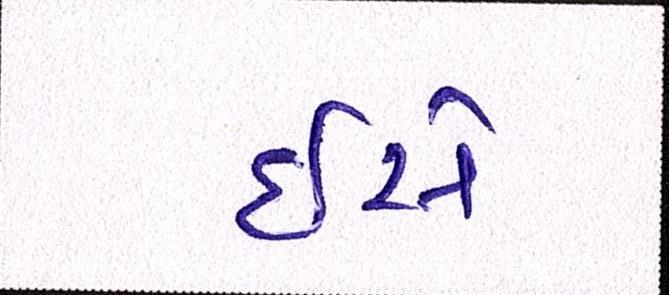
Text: ઇસે